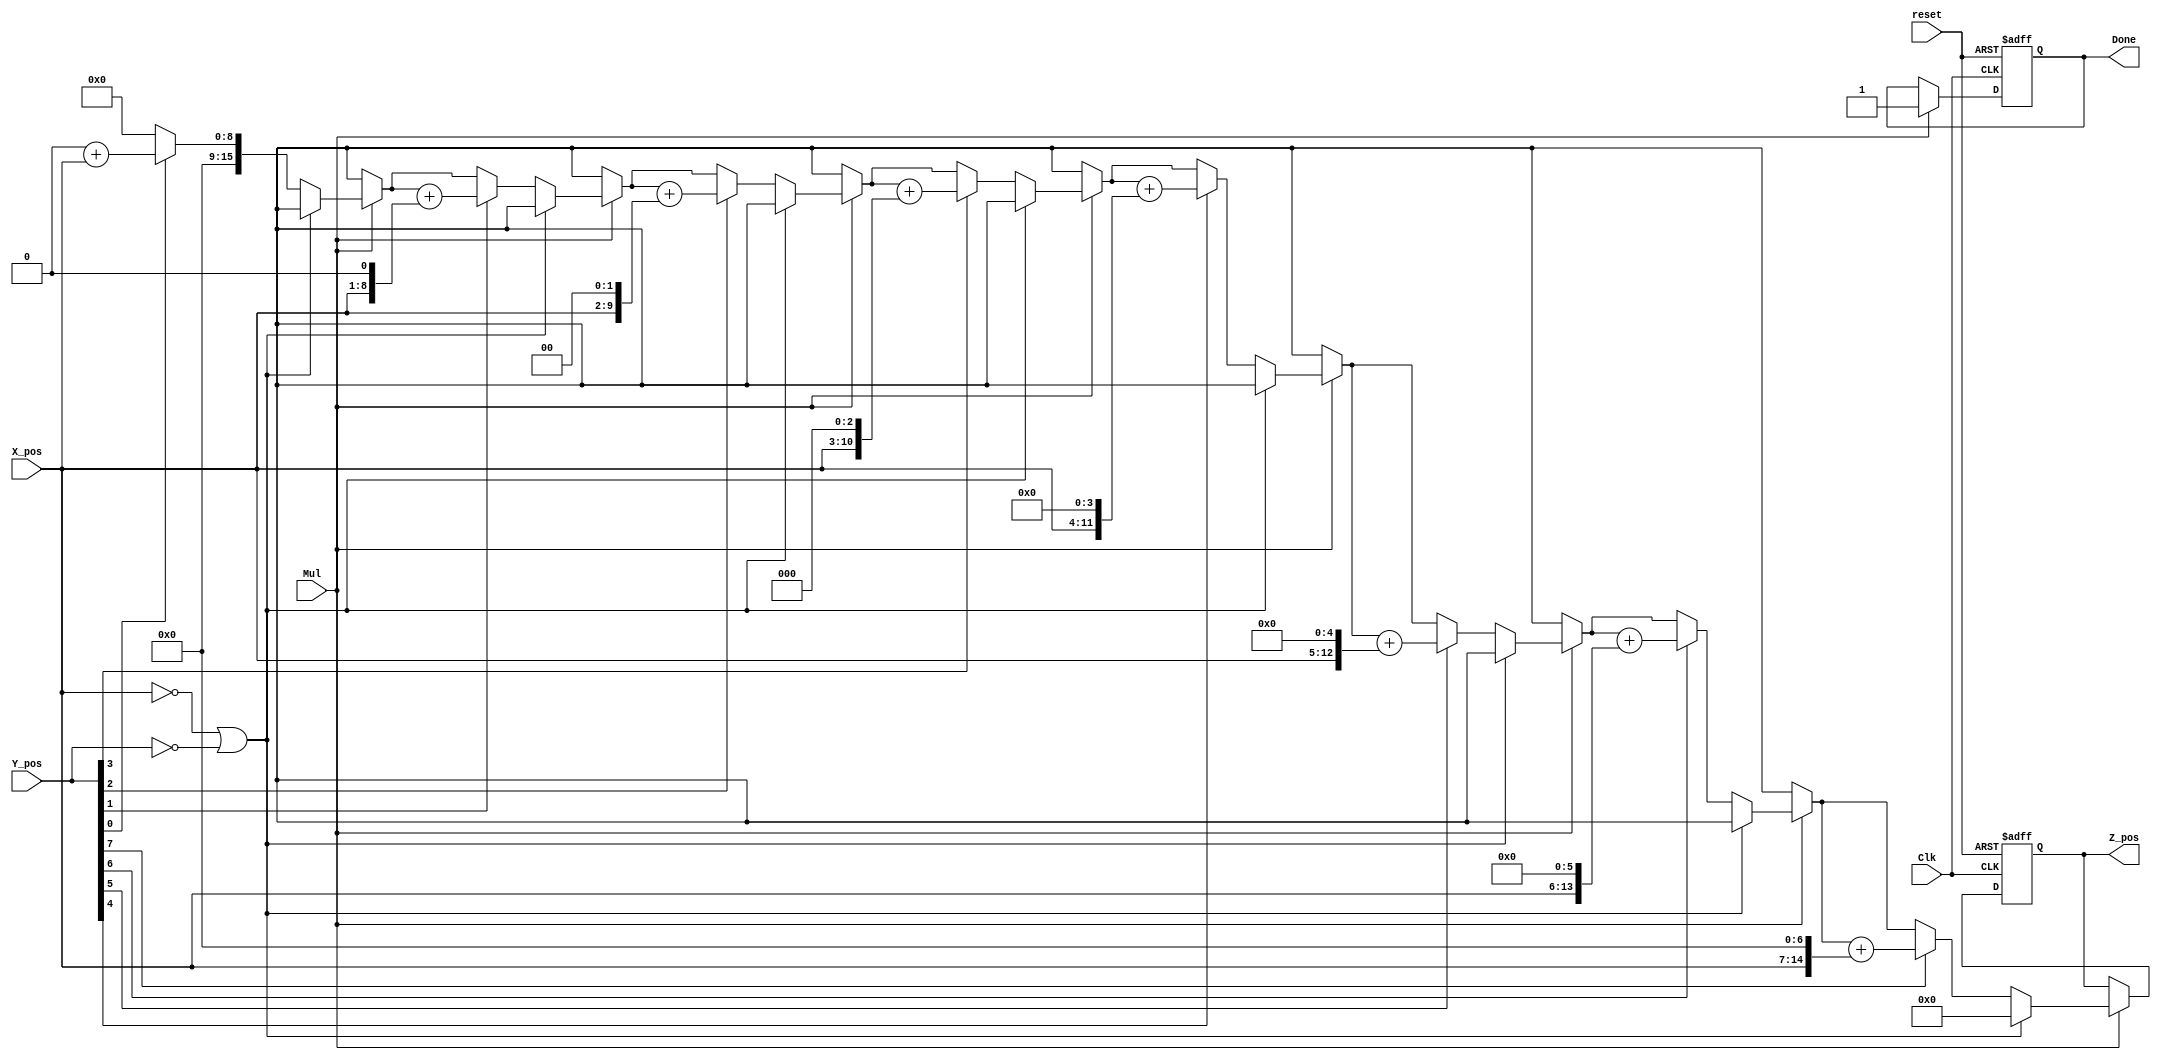
//Verilog HDL for "lab3", "umultiplier" "verilog"


module umultiplier #(parameter X_WIDTH = 8, Y_WIDTH = 8) (X_pos, Y_pos, Mul, reset, Clk, Z_pos, Done );
localparam Z_WIDTH = X_WIDTH + Y_WIDTH;

input [X_WIDTH-1:0] X_pos;
input [Y_WIDTH-1:0] Y_pos;
input Mul, reset, Clk;
output [Z_WIDTH-1:0] Z_pos;
output Done;
reg [Z_WIDTH-1:0] Z_pos, X_tmp;
reg Done;
integer i;

always @ (posedge reset or posedge Clk)
	if(reset) begin
		Z_pos[Z_WIDTH-1:0] = {Z_WIDTH{1'b0}};
		Done = 1'b0;		
	end else if (Mul) begin
		Done = 1'b0;
		if(X_pos[X_WIDTH-1:0] ==0 || Y_pos[Y_WIDTH-1:0] == 0) begin // if either operand zero, set z_pos to zero
			Z_pos[Z_WIDTH-1:0] = {Z_WIDTH{1'b0}};
			Done = 1'b1;
		end else begin
			Z_pos[Z_WIDTH-1:0] = {Z_WIDTH{1'b0}};
			for(i = 0; i < Y_WIDTH; i=i+1'b1) begin //loop through y_pos bits and perform binary mult
				if(Y_pos[i] == 1'b1) begin
					X_tmp = X_pos;
					X_tmp = X_tmp << i;
					Z_pos = Z_pos + X_tmp;
				end
			end
			Done = 1'b1;
		end
	end

endmodule